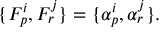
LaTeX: \{ F _ { p } ^ { i } , F _ { r } ^ { j } \} = \{ \alpha _ { p } ^ { i } , \alpha _ { r } ^ { j } \} .